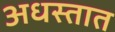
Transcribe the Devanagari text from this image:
अधस्तात